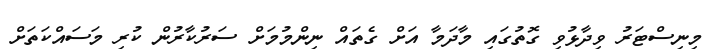
މިނިސްޓަރު ވިދާޅުވި ގޮތުގައި މާދަމާ އަށް ގެތައް ނިންމުމަށް ސަރުކާރުން ކުރި މަސައްކަތަށް